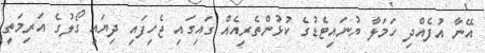
އޭނާ އުފެއްދި ހަމަލާ ޔުނައިޓެޑުގެ ކުޅުންތެރިއެއް ގައިގައި ޖެހިފައި ދިޔައީ ގޯލުގެ އަރިމަތީ